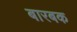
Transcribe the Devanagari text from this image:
बारबक